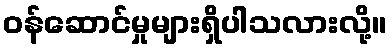
ဝန်ဆောင်မှုများရှိပါသလားလို့။